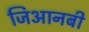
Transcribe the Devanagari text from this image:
जिआनबी